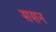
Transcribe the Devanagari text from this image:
ससन